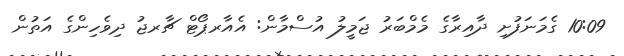
10:09 ގެމަނަފުށި ދާއިރާގެ މެމްބަރު ޖަމީލު އުސްމާން: އެއާރޕޯޓް ޗާރޖު ދިވެހިންގެ އަތުން